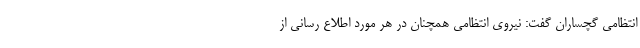
انتظامی گچساران گفت: نیروی انتظامی همچنان در هر مورد اطلاع رسانی از